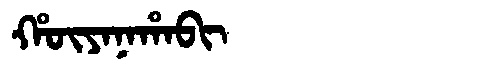
Manchu: ᡥᡡᠶᠠᠨᠠᡥᠠᠪᡳ
Romanization: HŪYANAHABI